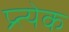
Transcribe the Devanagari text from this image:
प्र्त्येक